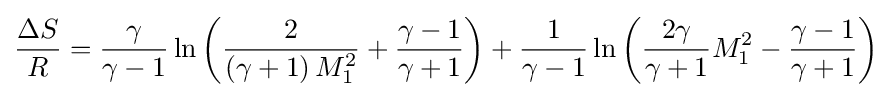
{{\frac {\Delta S}{R}}={\frac {\gamma }{\gamma -1}}\ln \left({\frac {2}{\left(\gamma +1\right)M_{1}^{2}}}+{\frac {\gamma -1}{\gamma +1}}\right)+{\frac {1}{\gamma -1}}\ln \left({\frac {2\gamma }{\gamma +1}}M_{1}^{2}-{\frac {\gamma -1}{\gamma +1}}\right)}